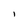
Character: I